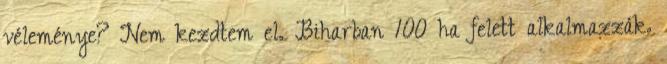
véleménye? Nem kezdtem el. Biharban 100 ha felett alkalmazzák.